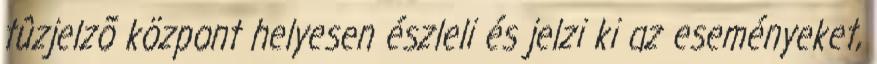
tûzjelzõ központ helyesen észleli és jelzi ki az eseményeket,